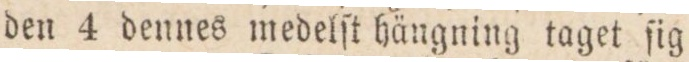
den 4 dennes medelſt hängning taget ſig